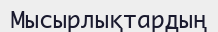
Мысырлықтардың